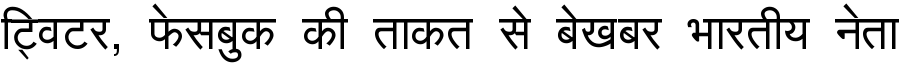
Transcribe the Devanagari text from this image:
ट्विटर, फेसबुक की ताकत से बेखबर भारतीय नेता